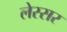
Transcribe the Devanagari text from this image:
लेस्सर